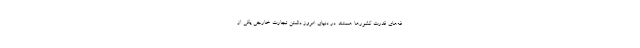
فه‌های قدرت کشورها هستند. در دنیای امروز داشتن تجارت خارجی یکی از